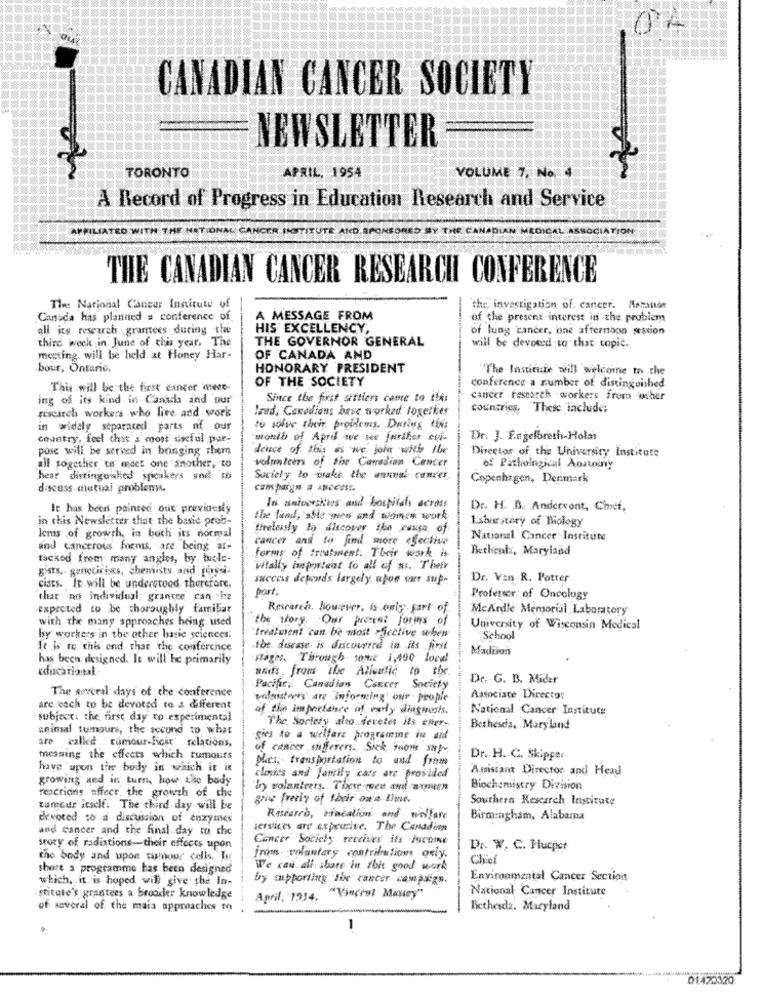
CANADIAN CANCER SOCIETY
NEWSLETTER
TORONTO
APRIL. 1954
VOLUME 7, No. 4
A Record of Progress in Education Research and Service
NATIONAL CANCER HOTITUTE AND.SPONSORED
TION
THE CANADIAN CANCER RESEARCH CONFERENCE
The: National Cancer Institute of
the investigation of cancer. Marande
Canada has planned = conference of
A MESSAGE FROM
of the present interest in the problem
all its research grantees during the
HIS EXCELLENCY,
of lung cancer, one afternoon session
third week in June of this year. The
THE GOVERNOR GENERAL
will be devoted to that copie.
mesting, will be held. at Honey Har-
OF CANADA AND
bour, Ontario,
HONORARY PRESIDENT
""The Institute will welcome to the
OF THE SOCIETY
This will be the first cancer meee-
conference a number of distinguished
ing of its kind in Canada and our
Since the first settlers came to this
cancer research -workers from wher
research workers who live and. work
lautd, Canadians base worked together
Countries, These include;
in widely separated parts of our
to solve their problems. During this
country, feel this. a most dreful par;
month of April we see farther cui-
Dr. J. F.agelbreth-Holas
pose will be served in bringing them
dence of this as we. john with Ibe
Director of, the University Institute
volunteer of the Canadian Center
all together to meet one another, to
of Pathological Anatoiny
hest distinguilied speakers and ₥
Society to wake the annual- cancer
Copenhagen, Denmark
discuss mutual problems.
campaign a ipccnit.
le has beeni painsed out previously
In universities and hospital across
Dr. H. B. Andcovont, Chief,
in this Newsletter that the basic prob-
the land, stie men and women work
1.sborstery of Biology
tirelesly to discover ihn weuse of
lems of growth, in both its normal
cancer and to find more effective
National Cancer Institute
and cancerous fornis, are being ar-
Betheul, Maryland
tacked from many angles, by biole-
forms of treatment. Their work is
gists. geneticixs, chemists and forpsi-
vitally important to all of us. Their
success depends largely upon was sup-
Dr. Van R, Potter
cists. It will be understood therefore.
port.
that no individual; grantee can be
Professor of Oncology
expected to be thoroughly familiar
Research, However, is only part of
McArdle Memorial Laboratory
with the many approaches heing. used
the story. Our present forms of
University of Wisconsin Medical
by workers in the other basic sciences.
trealvient can be most efective when
"School
It is to this end that the conference
the. disease, is discovered in its first
Madison
has been designed. It will be primarily
stages. Through some 1,400 local
Educational ..
and: from the Allulic Ip the.
De. G. B. Mider
The several days of the conference
Pacific Canadian Cancer Society
valeistders are Informing' our People
Associate Director
are each to be devoted to a different
af the impeelance of vedly ditghosts.
National Cancer Institute
subject: the first day to experimental
aeinmal tumours, the second to what
The Society alo devotes its etter-
Bethesda, Maryland
are called tumour-fickt' relations,
gies to a welfare programme in aid
of cancer shafferers. Siek won sap-
meaning the effects which rumours
ples, transportation to and from
Dr. H. C. Skipper
have upon ther budy in which it is
Assistant Director and Her
growing and in turn, how kije body
clinics and family cars are provided
reactions affecr, the growth of the
by polanteers. . These men anil museen
Biochemistry Division
grie freely of their owe-time
Southers Research Institute
tumour itself. The third day will be
devoted to a discussion of enzynses
Research, cincation and willare
Birmingham, Alabarna
and cancer and the final day co che
services are expensive. The Canadian
Cancer Society receives its income
story of radiations-their effects upon
DA. W. C. Hucper
the body and upoe tumor cells, In
from- voluntary contributions orly.
Chief
shore a programme has been designed
We can all share in this good work
which, it is hoped will give the In-
by mpporting The cancer campaigs.
Environmental Cancer Section
National Cancer Institute
fritute's grantees a broader knowledge
April. 1914.
. "Vincent Money"
of several of the maia approaches to
Bethesda. Maryland
-
01420320